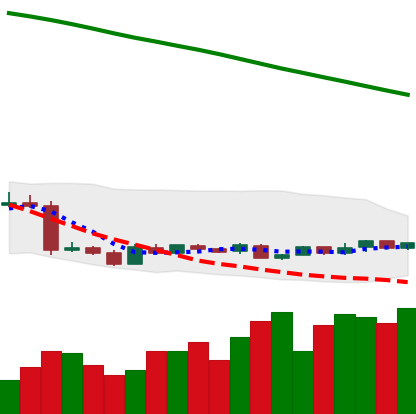
Ticker: XMR-USD
Chart end date: 2019-01-27
Forward return: -6.125%
Label: down_5_7